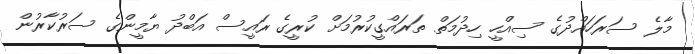
މާލެ ސަރަހައްދުގެ ސިއްހީ ހިދުމަތް ތަރައްގީކުރުމަށް ކުރީގެ ރައީސް އަބްދު ޔާމީންގެ ސަރުކާރުން